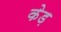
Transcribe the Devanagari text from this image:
केड़